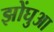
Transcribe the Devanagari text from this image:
झोंघुआ